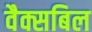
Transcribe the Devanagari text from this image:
वैक्सबिल